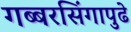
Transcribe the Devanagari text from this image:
गब्बरसिंगापुढे